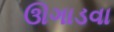
ઊગાડવા